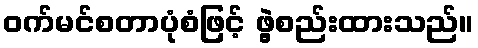
ဝက်မင်စတာပုံစံဖြင့် ဖွဲ့စည်းထားသည်။